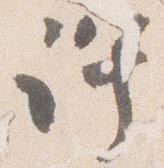
許